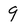
Character: q